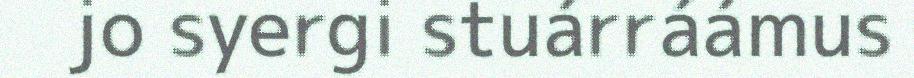
jo syergi stuárráámus